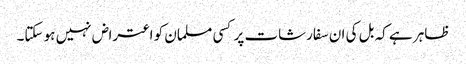
ظاہر ہے کہ بل کی ان سفارشات پر کسی مسلمان کو اعتراض نہیں ہو سکتا۔